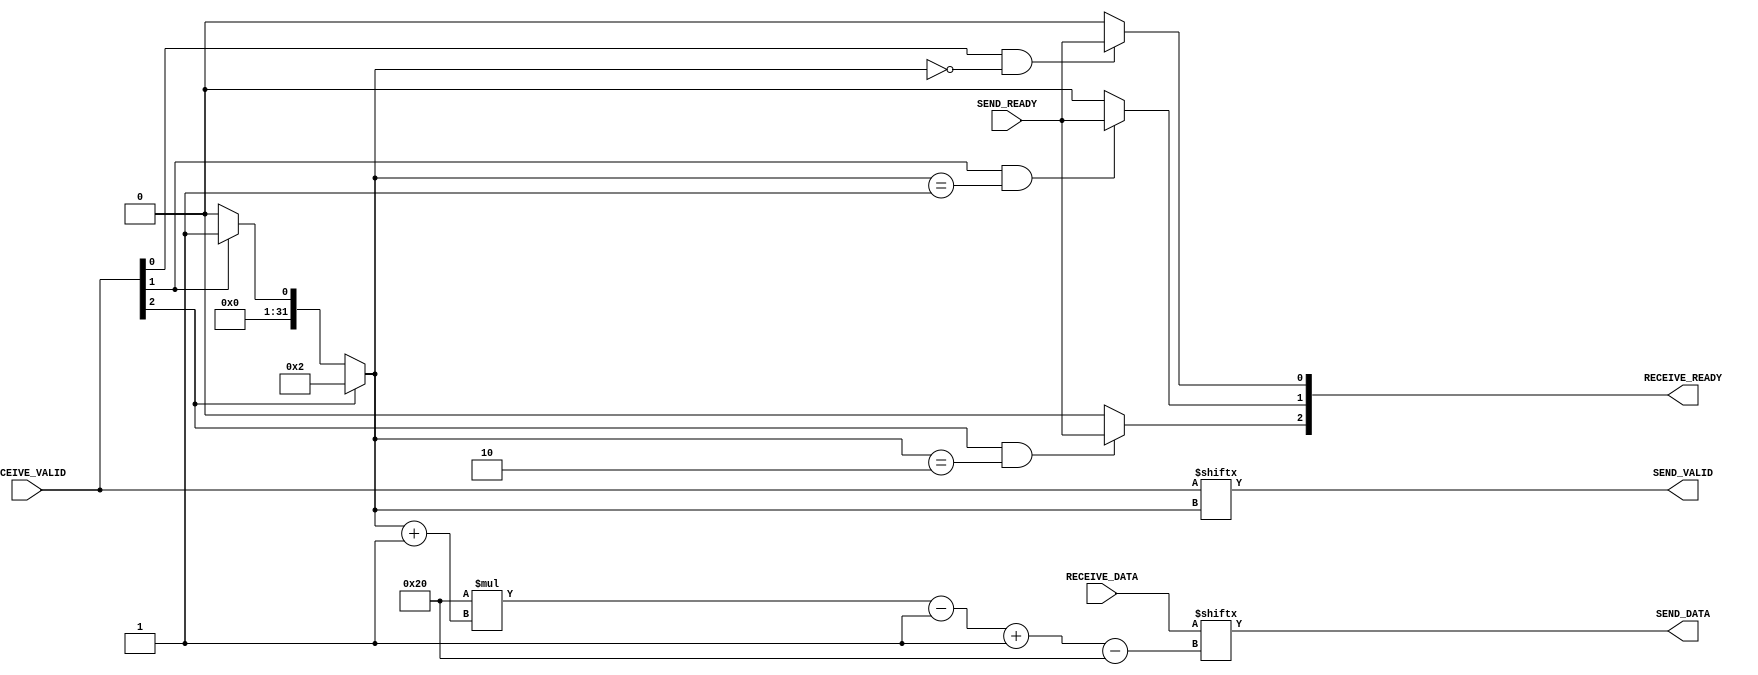
/*

 connect_join (1 way)
 ------------------------

       |    |    |
       |   data  |
       |    |    |
      \           /
       \         /
        \       /
         \     /
          \   /
           \ /

     ================
     | connect_join |
     ================

            |
            |
           \ /

 */

module connect_join #
  (
   parameter integer DATA_WIDTH  = 32,
   parameter integer CONNECT_NUM = 3
   )
  (
   input [CONNECT_NUM-1:0]            RECEIVE_VALID,
   input [DATA_WIDTH*CONNECT_NUM-1:0] RECEIVE_DATA,
   output reg [CONNECT_NUM-1:0]       RECEIVE_READY,

   output                             SEND_VALID,
   output [DATA_WIDTH-1:0]            SEND_DATA,
   input                              SEND_READY
   );

   reg [31:0] receive_index;

   integer i1, i2;
   
   // receive_index
   always @* begin
      receive_index = 0;
      for (i1 = 0; i1 < CONNECT_NUM; i1 = i1 + 1)
        if (RECEIVE_VALID[i1])
          receive_index = i1;
   end

   assign SEND_VALID = RECEIVE_VALID[receive_index];

   // SEND_DATA
   assign SEND_DATA = RECEIVE_DATA[DATA_WIDTH * (receive_index + 1) - 1 -: DATA_WIDTH];

   genvar iG;
   generate
      for (iG = 0; iG < CONNECT_NUM; iG = iG + 1) begin : receive_ready_block
         always @* begin
            if (RECEIVE_VALID[iG] && receive_index == iG)
              RECEIVE_READY[iG] = SEND_READY;
            else
              RECEIVE_READY[iG] = 1'b0;
         end
      end
   endgenerate

endmodule